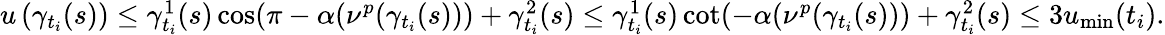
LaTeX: \begin{array}{r}{u\left(\gamma_{t_{i}}(s)\right)\leq\gamma_{t_{i}}^{1}(s)\cos(\pi-\alpha(\nu^{p}(\gamma_{t_{i}}(s)))+\gamma_{t_{i}}^{2}(s)\leq\gamma_{t_{i}}^{1}(s)\cot(-\alpha(\nu^{p}(\gamma_{t_{i}}(s)))+\gamma_{t_{i}}^{2}(s)\leq 3u_{\operatorname*{min}}(t_{i}).}\end{array}